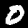
Label: 0